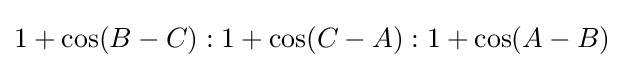
1+\cos(B-C):1+\cos(C-A):1+\cos(A-B)